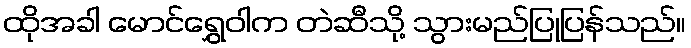
ထိုအခါ မောင်ရွှေဝါက တဲဆီသို့ သွားမည်ပြုပြန်သည်။